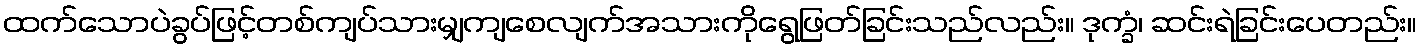
ထက်သောပဲခွပ်ဖြင့်တစ်ကျပ်သားမျှကျစေလျက်အသားကိုရွေဖြတ်ခြင်းသည်လည်း။ ဒုက္ခံ၊ ဆင်းရဲခြင်းပေတည်း။